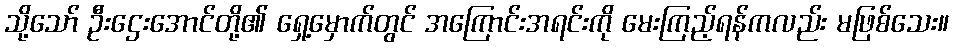
သို့သော် ဦးဌေးအောင်တို့၏ ရှေ့မှောက်တွင် အကြောင်းအရင်းကို မေးကြည့်ရန်ကလည်း မဖြစ်သေး။